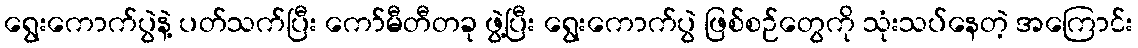
ရွေးကောက်ပွဲနဲ့ ပတ်သက်ပြီး ကော်မီတီတခု ဖွဲ့ပြီး ရွေးကောက်ပွဲ ဖြစ်စဉ်တွေကို သုံးသပ်နေတဲ့ အကြောင်း